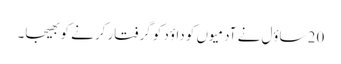
20 ساؤل نے آدمیوں کو داؤد کو گرفتار کرنے کو بھیجا۔